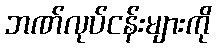
ဘဏ်လုပ်ငန်းများကို